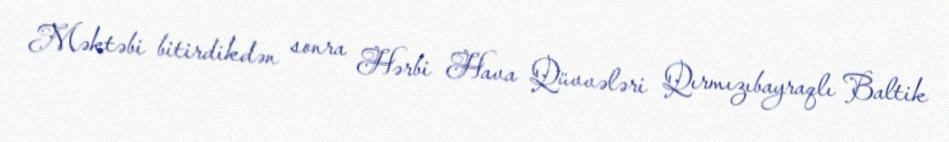
Məktəbi bitirdikdən sonra Hərbi Hava Qüvvələri Qırmızıbayraqlı Baltik